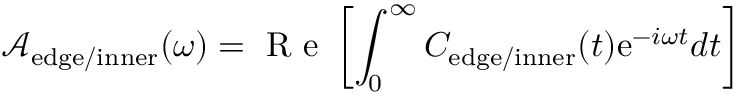
\mathcal { A } _ { \mathrm { e d g e / i n n e r } } ( \omega ) = \textrm { R e } \left[ \int _ { 0 } ^ { \infty } C _ { \mathrm { e d g e / i n n e r } } ( t ) \mathrm { e } ^ { - i \omega t } d t \right]